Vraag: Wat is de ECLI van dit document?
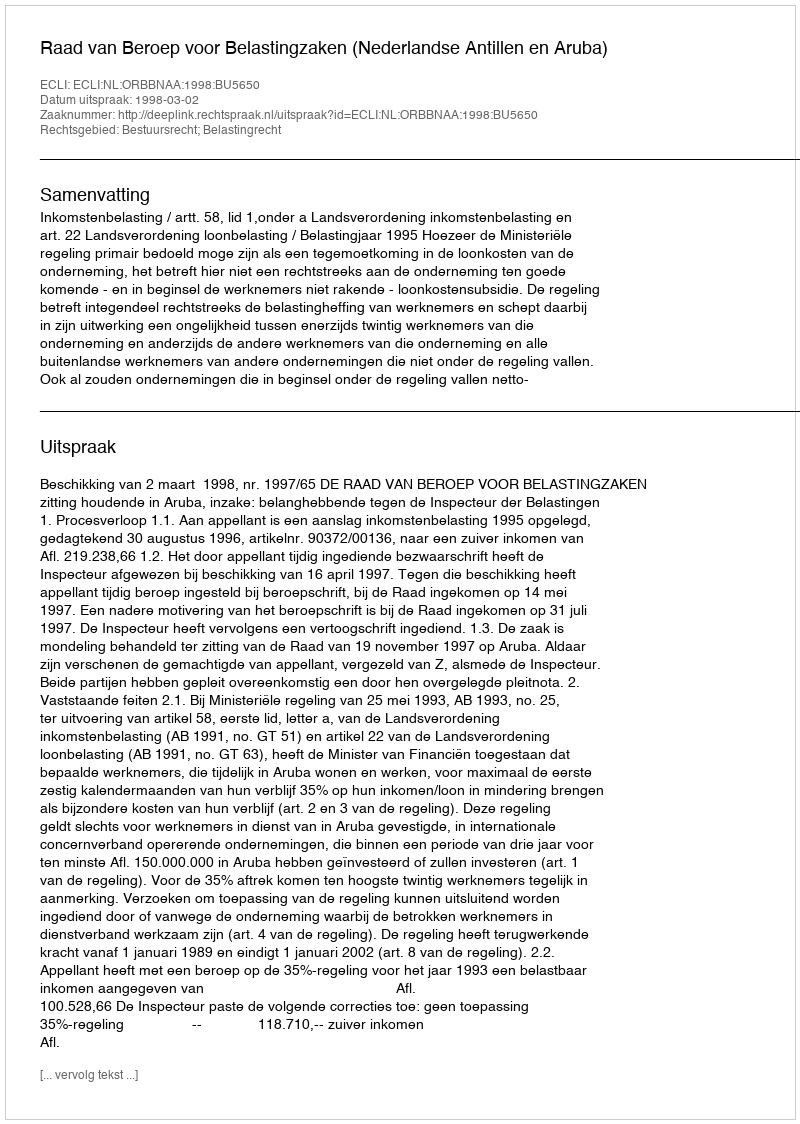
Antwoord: ECLI:NL:ORBBNAA:1998:BU5650